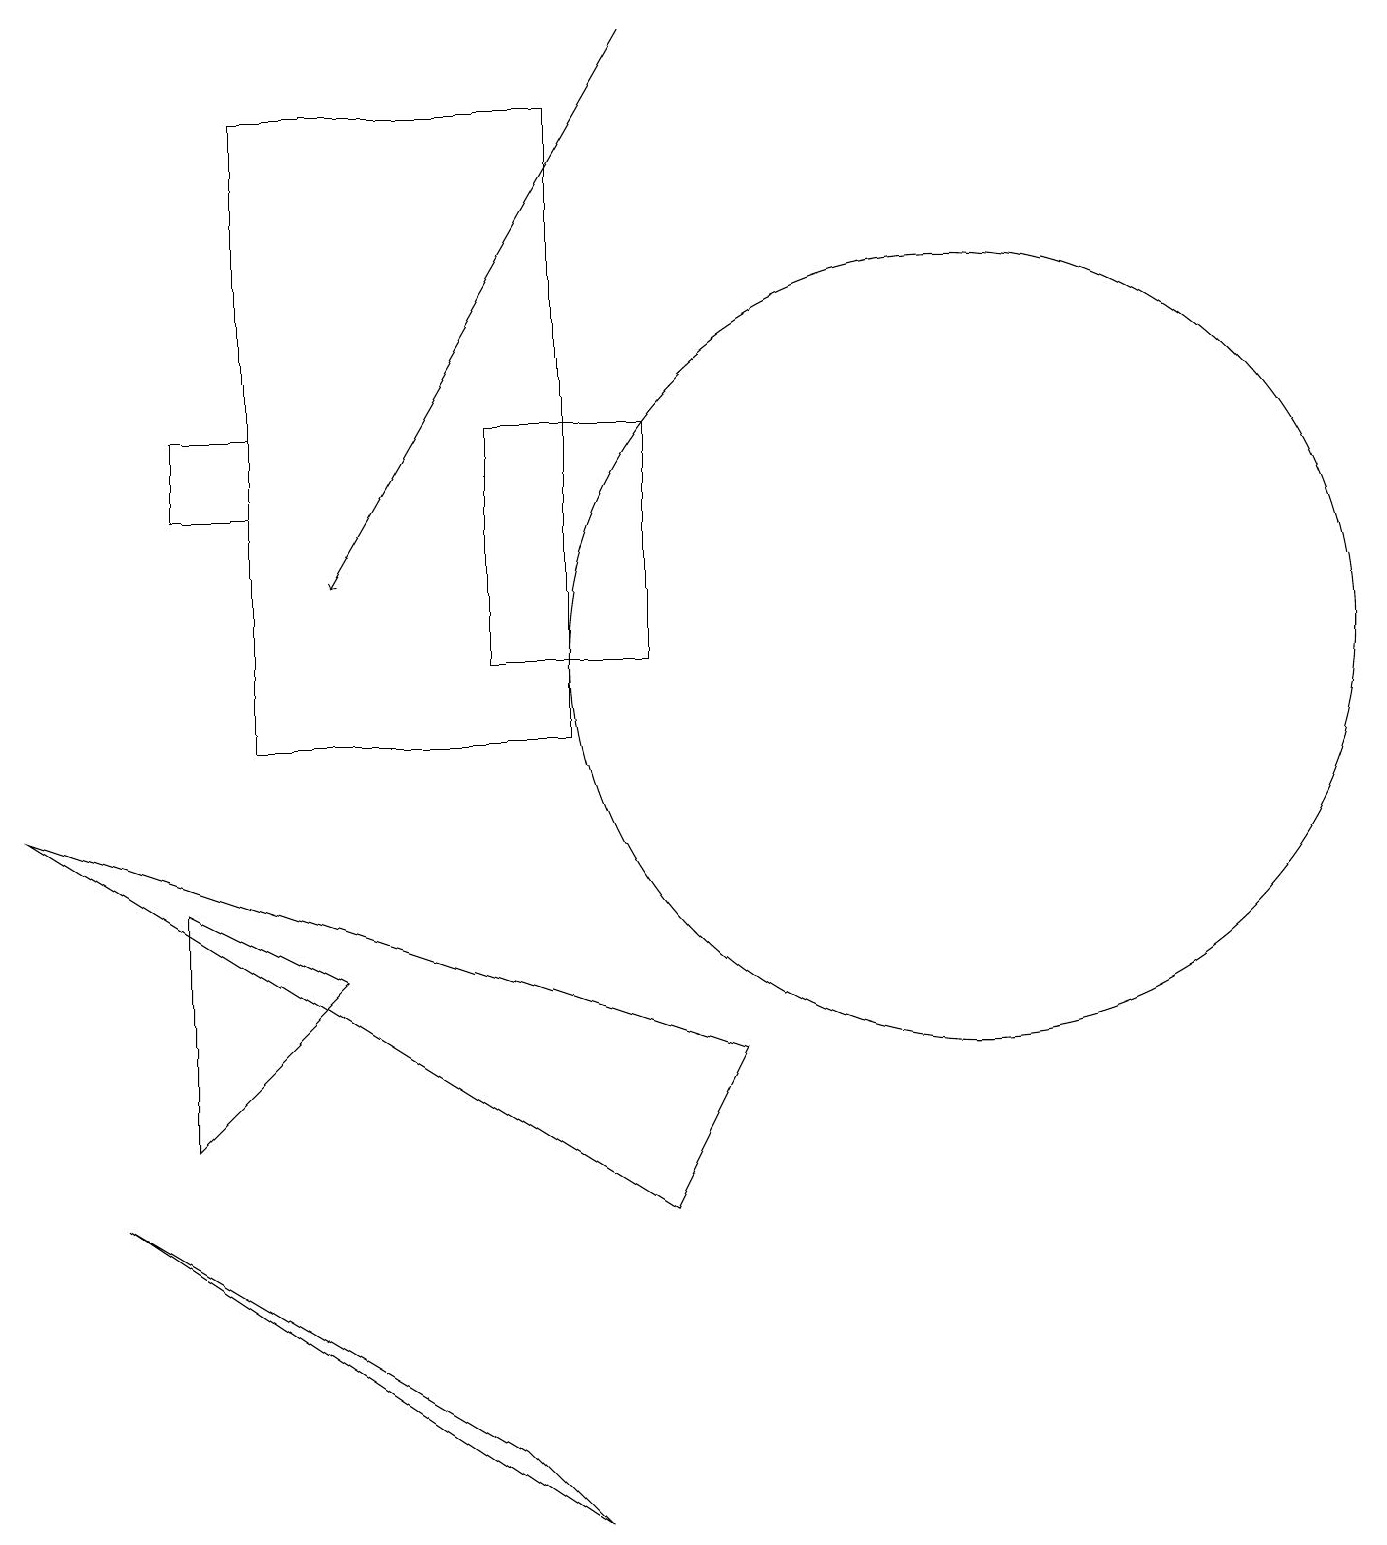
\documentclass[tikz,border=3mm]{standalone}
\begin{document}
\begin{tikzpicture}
\draw[->] (8,19) -- (4,12);
\draw (12,11) circle (5);
\draw (6,11) rectangle (8,14);
\draw (4,7) -- (2,5) -- (2,8) -- cycle;
\draw (6,1) -- (7,0) -- (1,4) -- cycle;
\draw (3,14) rectangle (2,13);
\draw (3,18) rectangle (7,10);
\draw (9,6) -- (0,9) -- (8,4) -- cycle;
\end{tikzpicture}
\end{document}